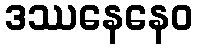
ဒဿနေနေဝ